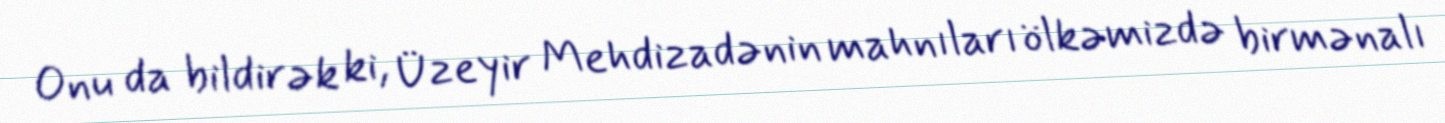
Onu da bildirək ki, Üzeyir Mehdizadənin mahnıları ölkəmizdə birmənalı